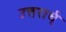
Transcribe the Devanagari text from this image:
उत्तरार्ध्